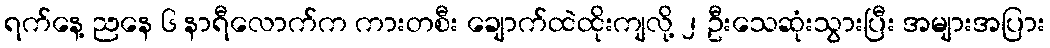
ရက်နေ့ ညနေ ၆ နာရီလောက်က ကားတစီး ချောက်ထဲထိုးကျလို့ ၂ ဦးသေဆုံးသွားပြီး အများအပြား